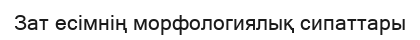
Зат есімнің морфологиялық сипаттары